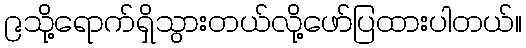
၉သို့ရောက်ရှိသွားတယ်လို့ဖော်ပြထားပါတယ်။